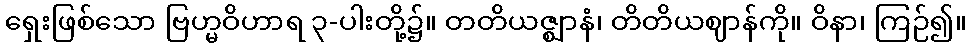
ရှေးဖြစ်သော ဗြဟ္မဝိဟာရ ၃-ပါးတို့၌။ တတိယဇ္ဈာနံ၊ တိတိယဈာန်ကို။ ဝိနာ၊ ကြဉ်၍။